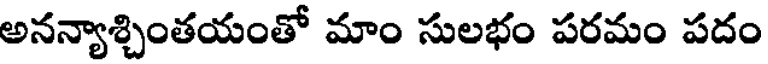
అనన్యాశ్చింతయంతో మాం సులభం పరమం పదం